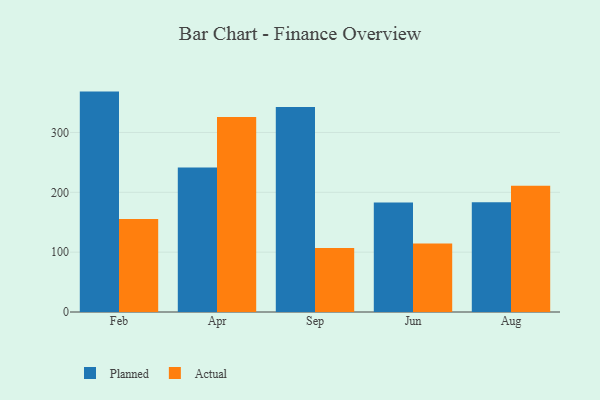
{"axis": {"x": "Month", "y": "Website Visitors"}, "legend": ["Actual", "Planned"], "data": [{"x": "Feb", "y": 368.3, "type": "Planned"}, {"x": "Feb", "y": 155.5, "type": "Actual"}, {"x": "Apr", "y": 241.6, "type": "Planned"}, {"x": "Apr", "y": 325.7, "type": "Actual"}, {"x": "Sep", "y": 342.6, "type": "Planned"}, {"x": "Sep", "y": 107.0, "type": "Actual"}, {"x": "Jun", "y": 182.9, "type": "Planned"}, {"x": "Jun", "y": 114.6, "type": "Actual"}, {"x": "Aug", "y": 183.4, "type": "Planned"}, {"x": "Aug", "y": 210.8, "type": "Actual"}]}